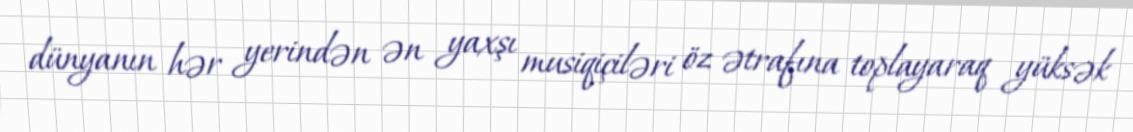
dünyanın hər yerindən ən yaxşı musiqiçiləri öz ətrafına toplayaraq yüksək